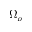
\Omega _ { \rho }